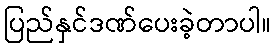
ပြည်နှင်ဒဏ်ပေးခဲ့တာပါ။